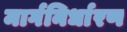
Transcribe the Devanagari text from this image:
मार्गनिर्धारण